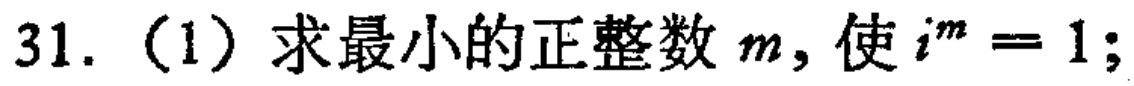
31.（1）求最小的正整数 \(m\)，使 \(i^{m}=1\)；